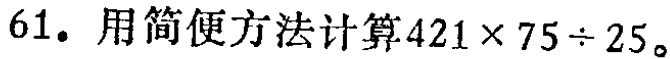
61. 用简便方法计算\(421\times75\div25\)。